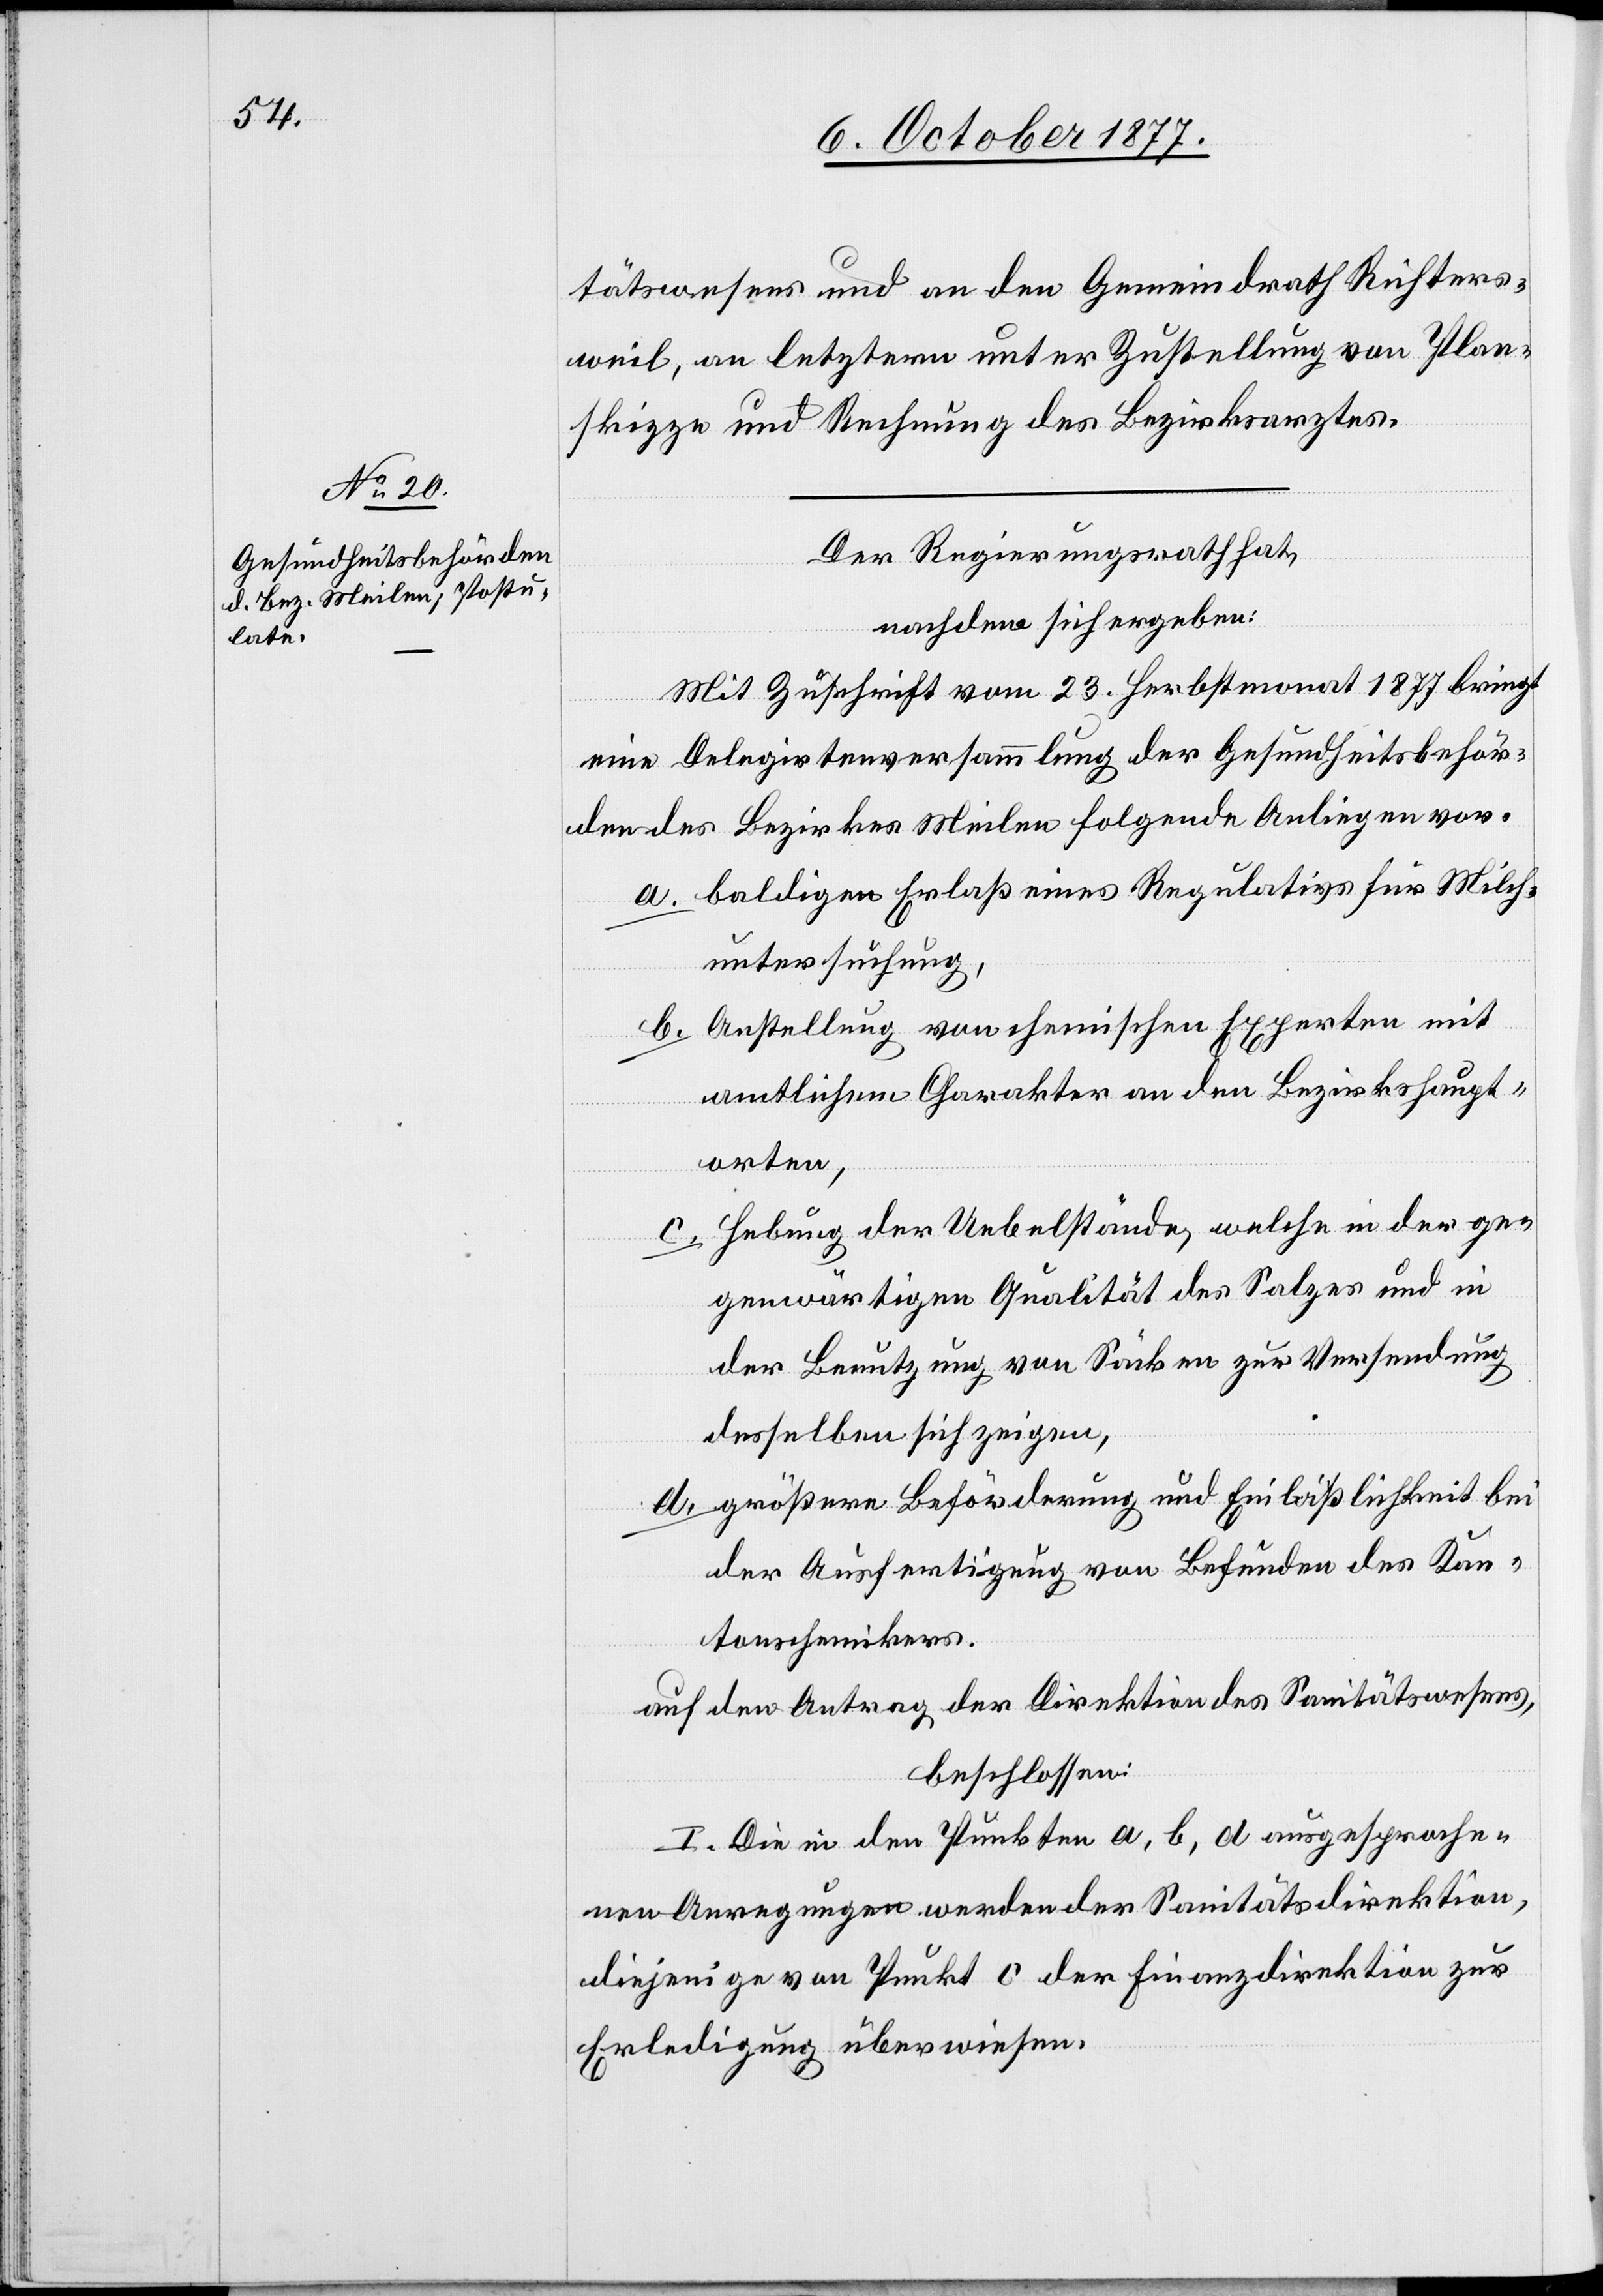
tätswesens und an den Gemeindrath Richters¬
weil, an letztern unter Zustellung von Plan¬
skizze und Rechnung des Bezirksarztes.
Der Regierungsrath hat,
nachdem sich ergeben:
d.
Mit Zuschrift vom 23. Herbstmonat 1877 bringt
eine Delegirtenversammlung der Gesundheitsbehör¬
den des Bezirkes Meilen folgende Anliegen vor:
baldigen Erlaß eines Regulativs für Milch¬
untersuchung,
Anstellung von chemischen Experten mit
amtlichem Charakter an den Bezirkshaupt¬
orten,
Hebung der Uebelstände, welche in der ge¬
genwärtigen Qualität des Salzes und in
der Benutzung von Säcken zur Versendung
desselben sich zeigen,
größere Beförderung und Einläßlichkeit bei
der Ausfertigung von Befunden des Kan¬
tonschemikers.
auf den Antrag der Direktion des Sanitätswesens,
beschlossen:
I. Die in den Punkten a, b, d ausgesproche¬
nen Anregungen werden der Sanitätsdirektion,
diejenige von Punkt c der Finanzdirektion zur
Erledigung überwiesen.